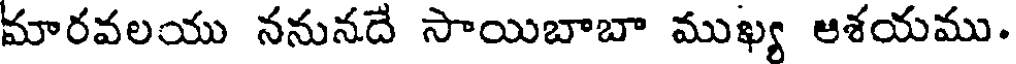
మారవలయు ననునదే సాయిబాబా ముఖ్య ఆశయము.